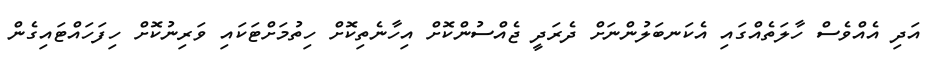
އަދި އެއްވެސް ހާލަތެއްގައި އެކަނބަލުންނަށް ދެރަދީ ޖެއްސުންކޮށް އިހާނެތިކޮށް ހިތުމަށްޓަކައި ވަރިނުކޮށް ހިފަހައްޓައިގެން